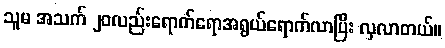
သူမ အသက် ၂၀လည်းရောက်ရောအရွယ်ရောက်လာပြီး လှလာတယ်။